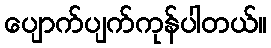
ပျောက်ပျက်ကုန်ပါတယ်။